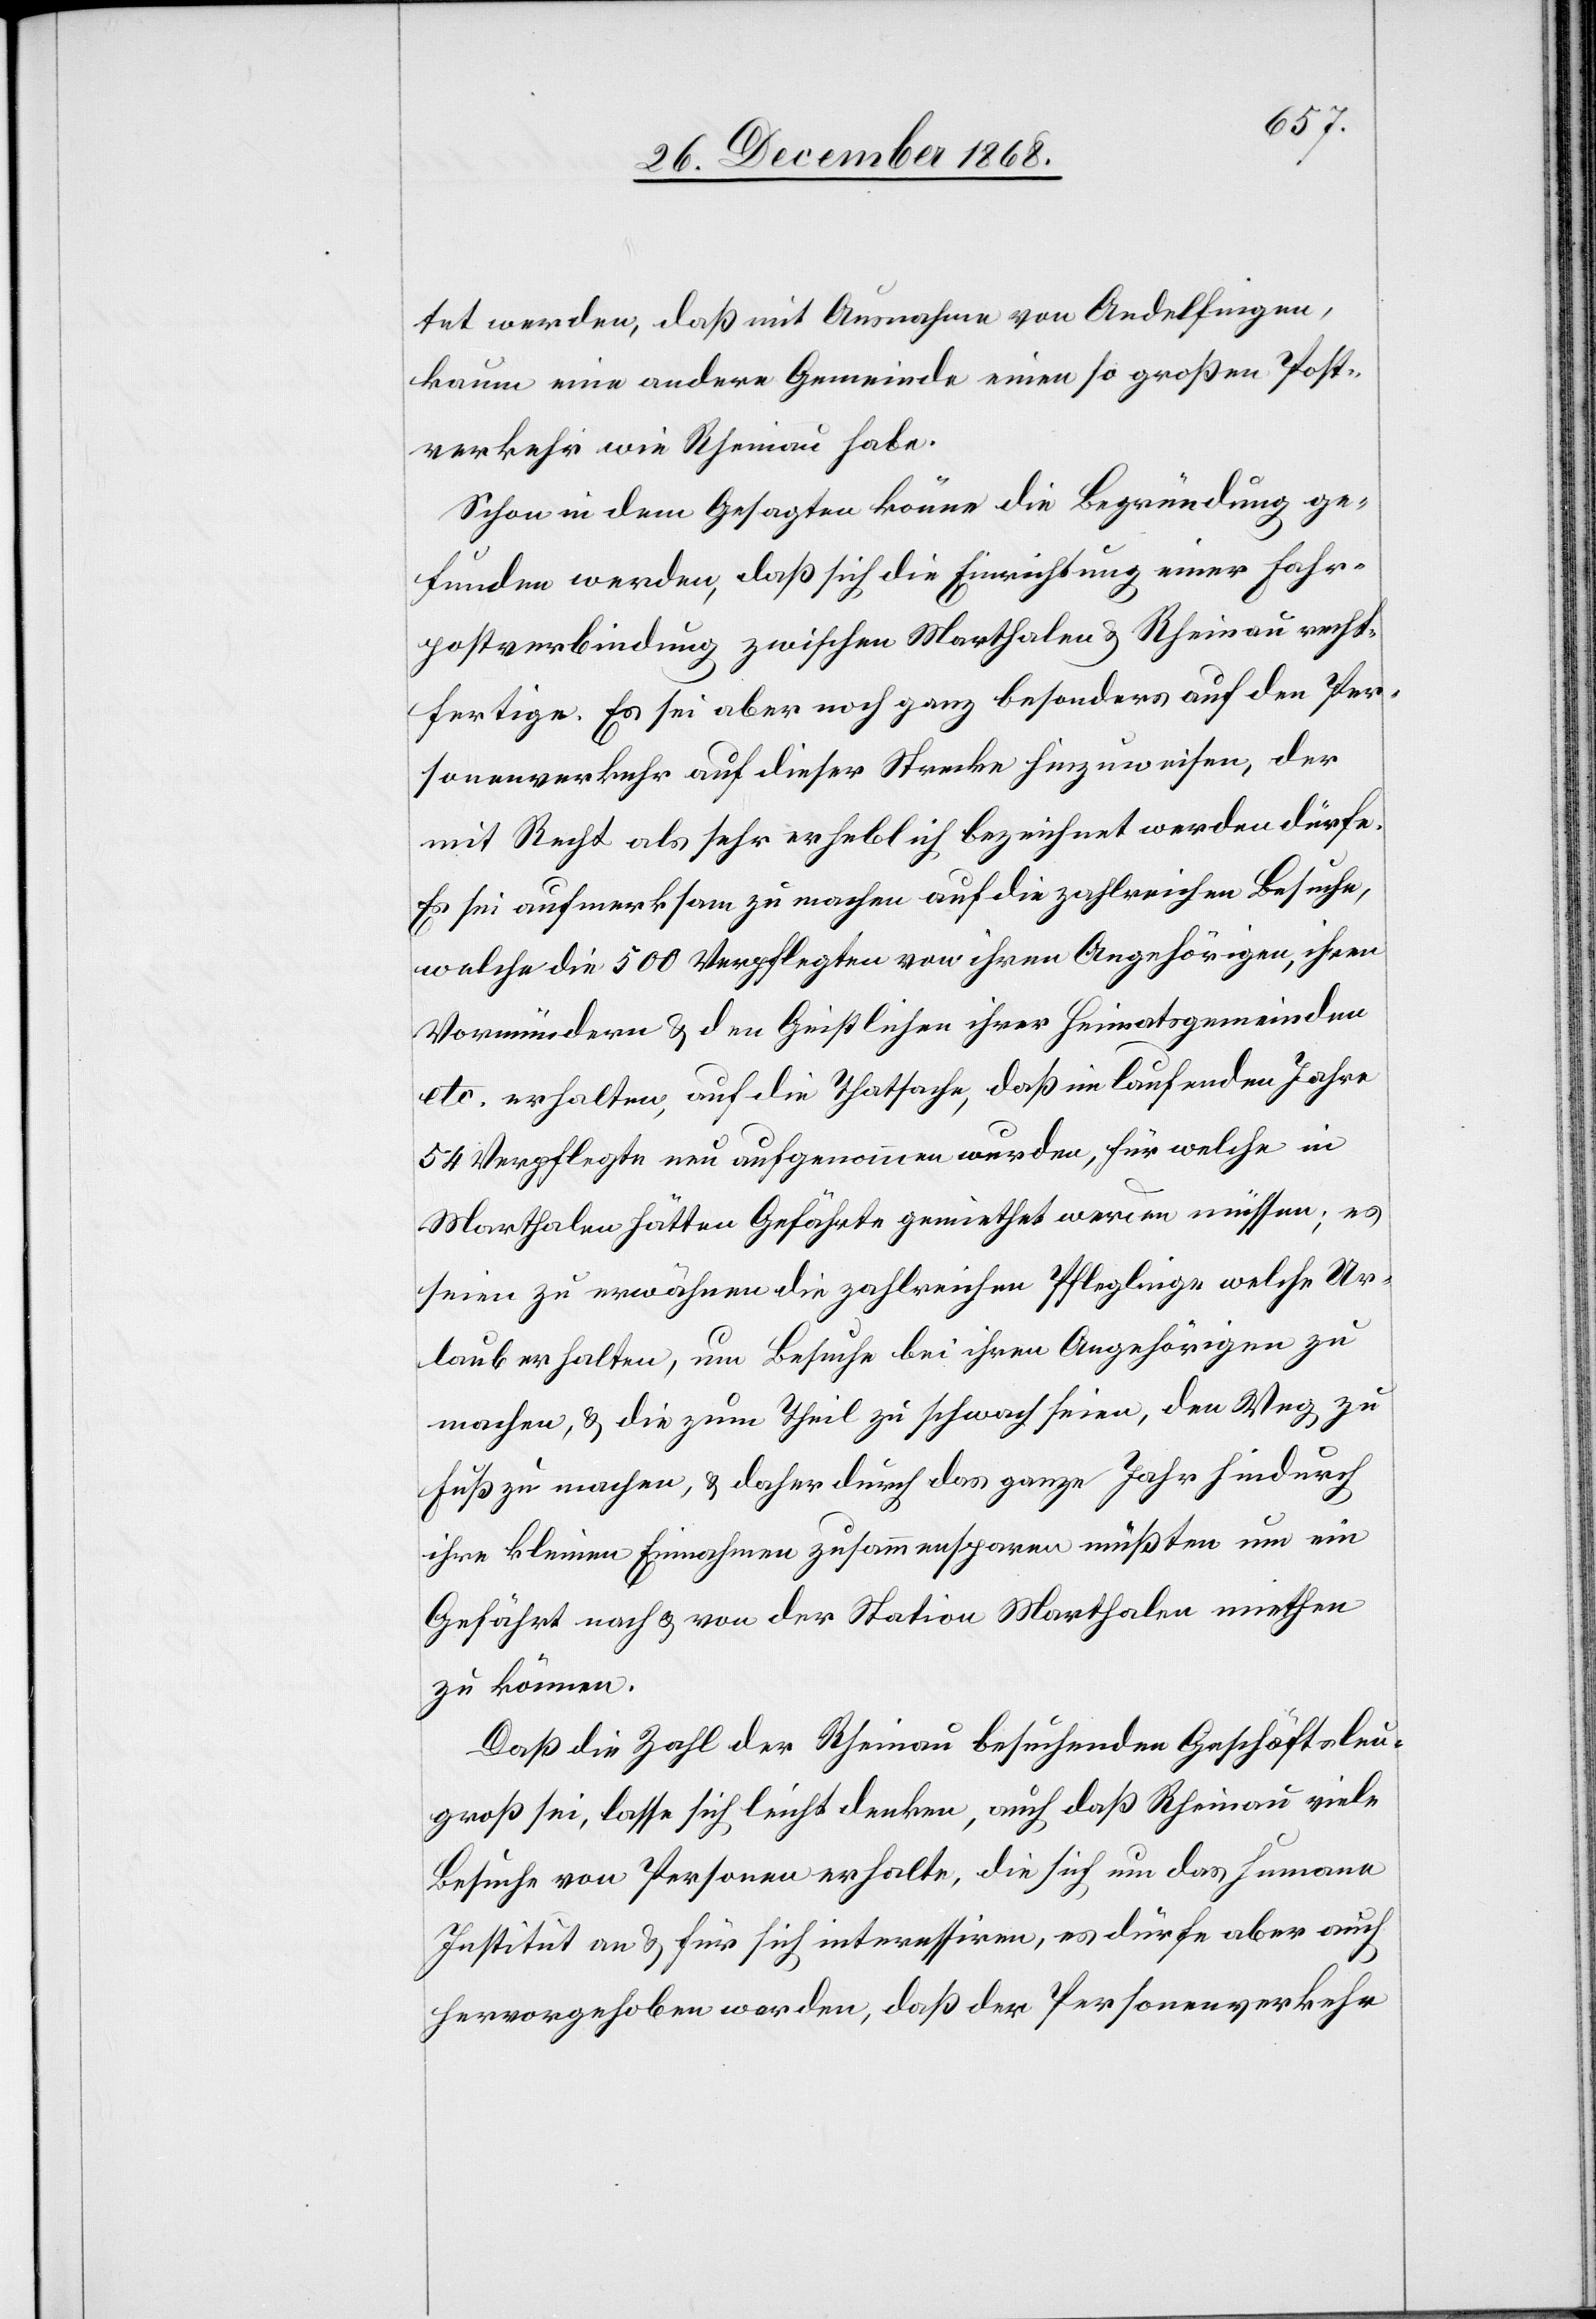
tet werden, daß mit Ausnahme von Andelfingen,
kaum eine andere Gemeinde einen so großen Post¬
verkehr wie Rheinau habe.
Schon in dem Gesagten könne die Begründung ge¬
funden werden, daß sich die Einrichtung einer Fahr¬
postverbindung zwischen Marthalen & Rheinau recht¬
fertige. Es sei aber noch ganz besonders auf den Per¬
sonenverkehr auf dieser Strecke hinzuweisen, der
mit Recht als sehr erheblich bezeichnet werden dürfe.
Es sei aufmerksam zu machen auf die zahlreichen Besuche,
welche die 500 Verpflegten von ihren Angehörigen, ihren
Vormündern & den Geistlichen ihrer Heimatsgemeinden
etc. erhalten, auf die Thatsache, daß im laufenden Jahre
54 Verpflegte neu aufgenommen wurden, für welche in
Marthalen hätten Gefährte gemiethet werden müssen; es
seien zu erwähnen die zahlreichen Pfleglinge welche Ur¬
laub erhalten, um Besuche bei ihren Angehörigen zu
machen, & die zum Theil zu schwach seien, den Weg zu
Fuß zu machen, & daher durch das ganze Jahr hindurch
ihre kleinen Einnahmen zusammensparen müßten um ein
Gefährt nach & von der Station Marthalen miethen
zu können.
Daß die Zahl der Rheinau besuchenden Geschäftsleu[te]
groß sei, lasse sich leicht denken, auch daß Rheinau viele
Besuche von Personen erhalte, die sich um das humane
Institut an & für sich interessiren, es dürfe aber auch
hervorgehoben werden, daß der Personenverkehr